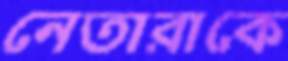
নেতারাকে